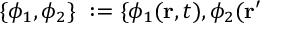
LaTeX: \{ \phi _ { 1 } , \phi _ { 2 } \} \ : = \{ \phi _ { 1 } ( { \bf r } , t ) , \phi _ { 2 } ( { \bf r ^ { \prime } }